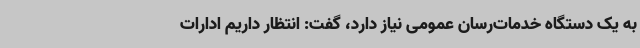
به یک دستگاه خدمات‌رسان عمومی نیاز دارد، گفت: انتظار داریم ادارات